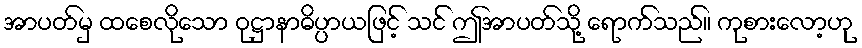
အာပတ်မှ ထစေလိုသော ဝုဋ္ဌာနာဓိပ္ပာယဖြင့် သင် ဤအာပတ်သို့ ရောက်သည်။ ကုစားလော့ဟု